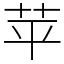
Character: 苹